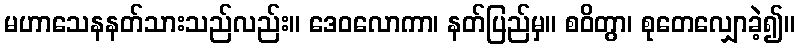
မဟာသေနနတ်သားသည်လည်း။ ဒေဝလောကာ၊ နတ်ပြည်မှ။ စဝိတွာ၊ စုတေလျှောခဲ့၍။